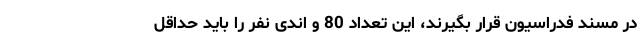
در مسند فدراسیون قرار بگیرند، این تعداد 80 و اندی نفر را باید حداقل